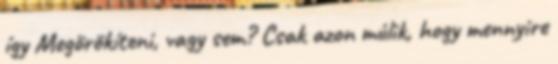
így Megörökíteni, vagy sem? Csak azon múlik, hogy mennyire